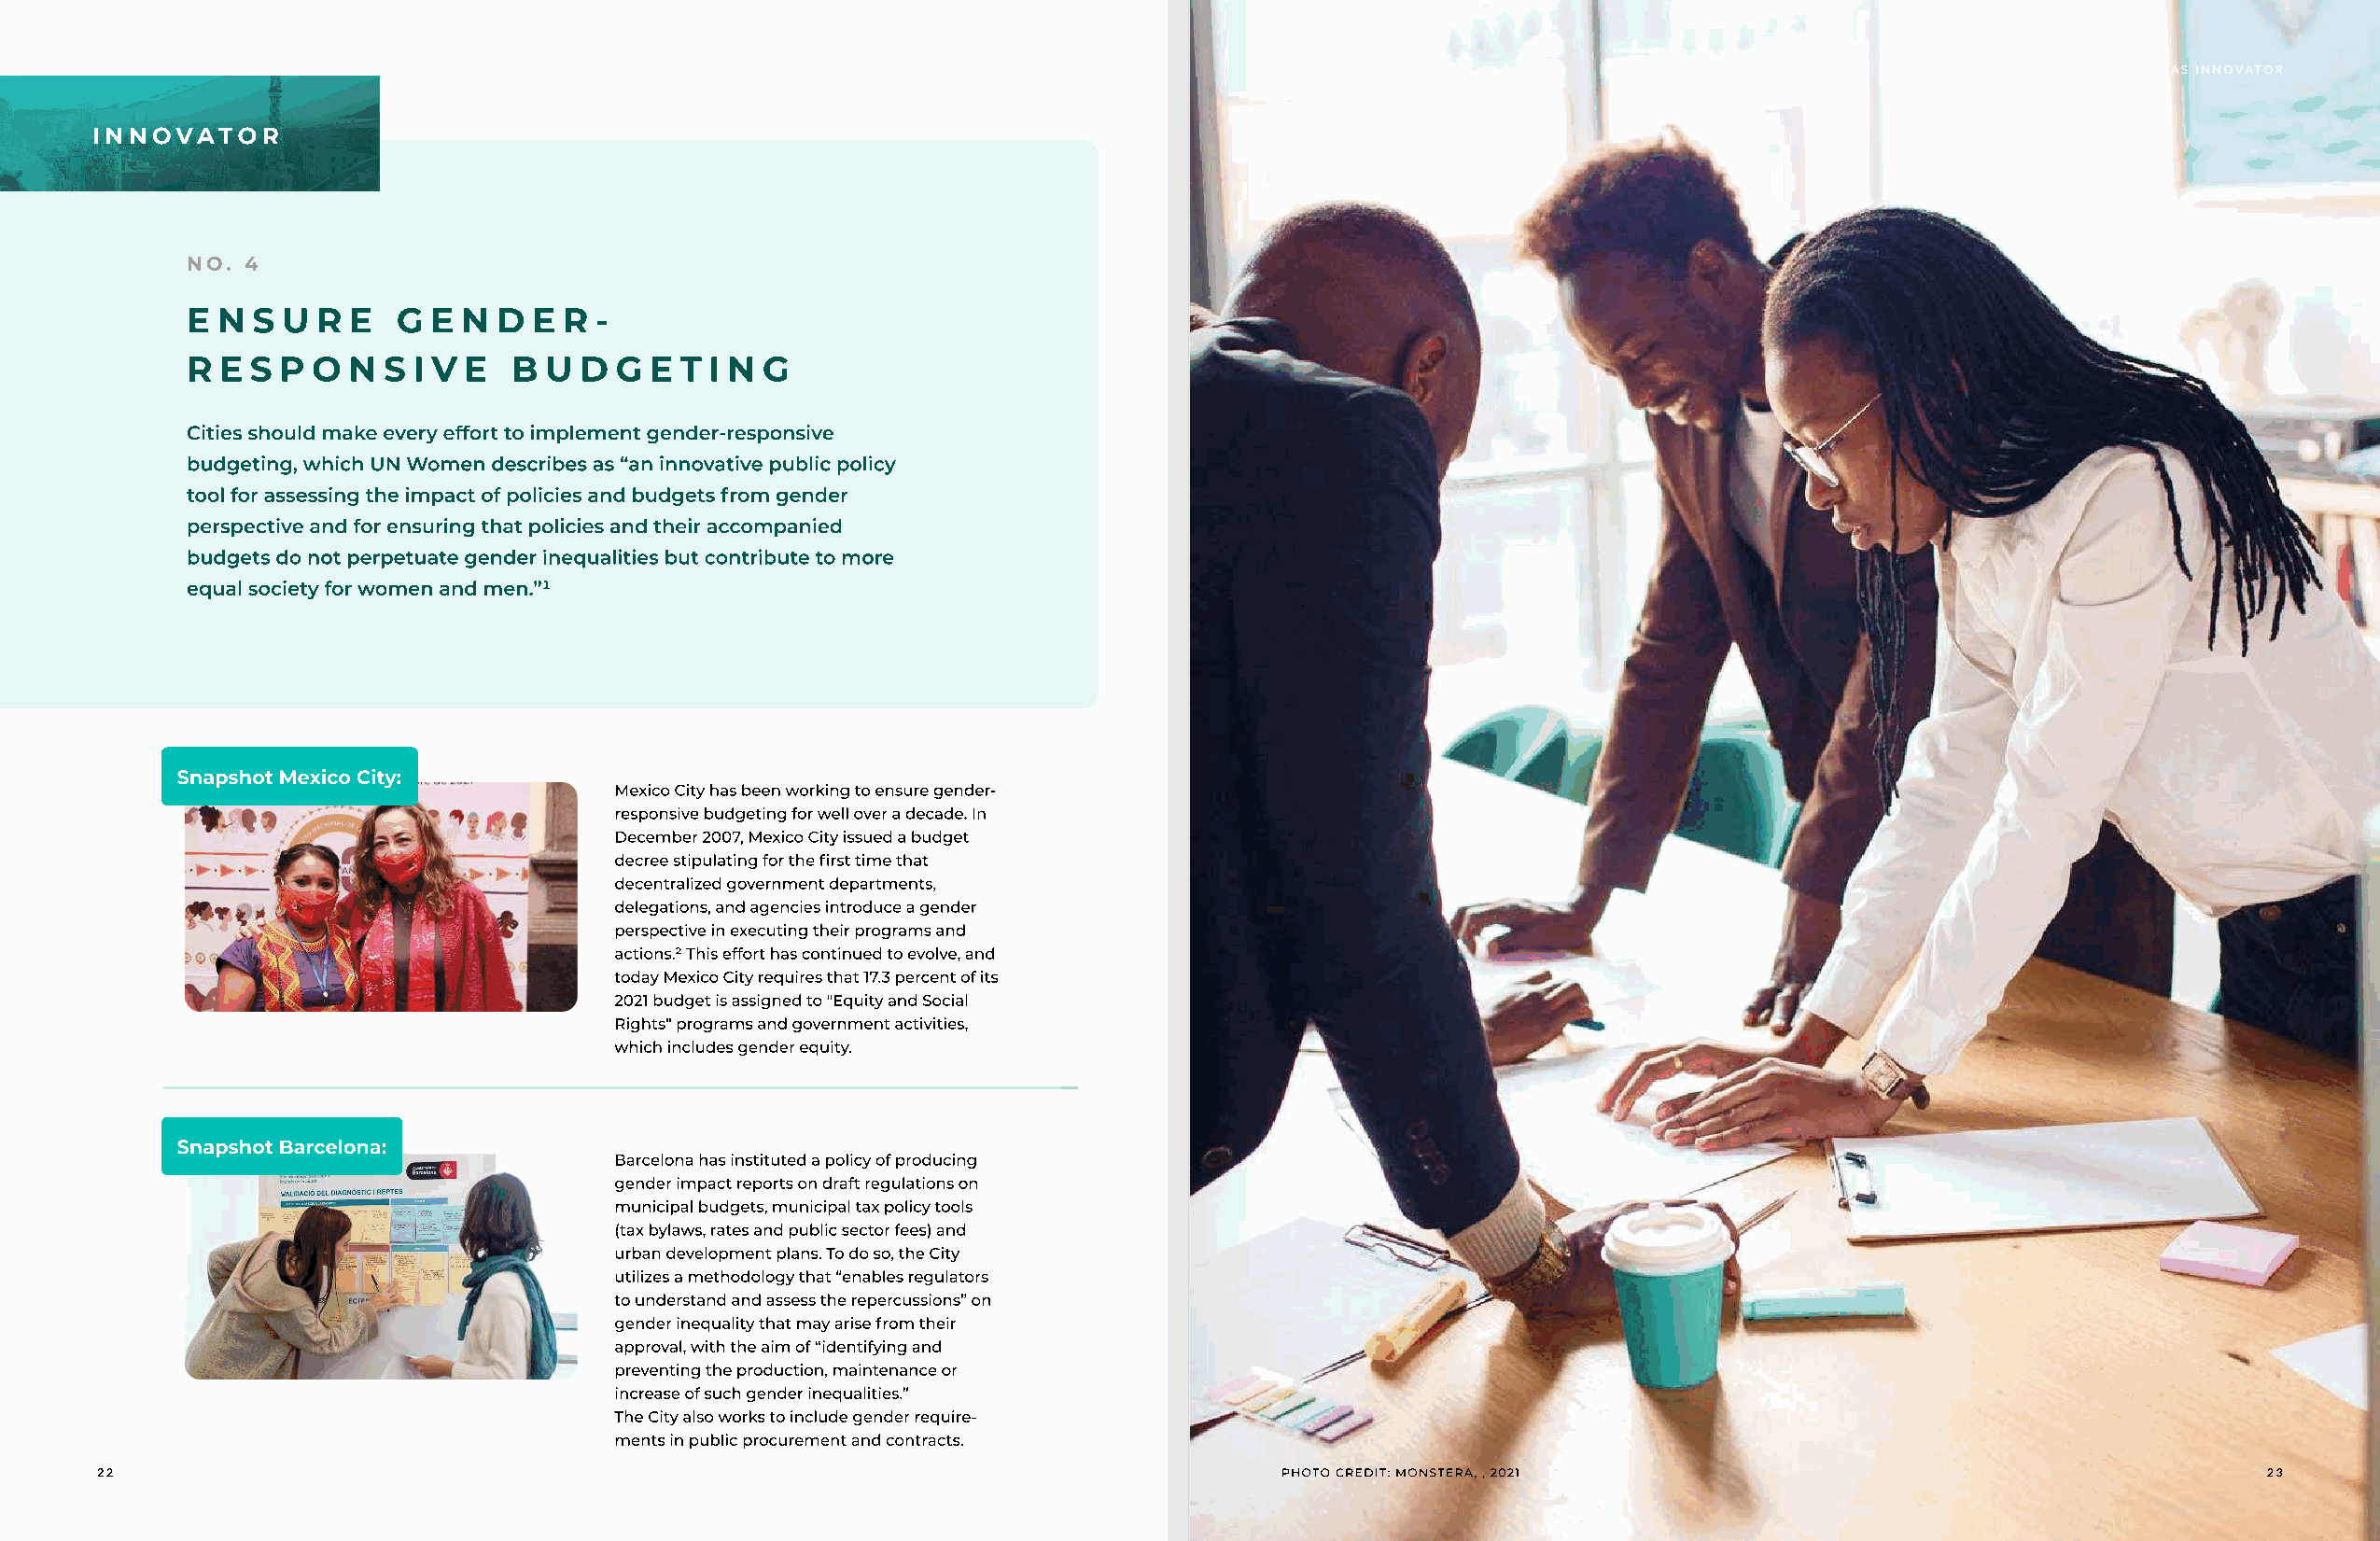
the city as innovator
 INNOVATOR
 E N  S U R  E  G  E N D  E R -
 R  E S P O  N S I V E  B  U D  G E T I N G
 Cities should make every effort to implement gender-responsive
 budgeting, which UN Women describes as “an innovative public policy
 tool for assessing the impact of policies and budgets from gender
 perspective and for ensuring that policies and their accompanied
 budgets do not perpetuate gender inequalities but contribute to more
 equal society for women and men.”1
 Snapshot Mexico City:
 Mexico City has been working to ensure gender-
 responsive budgeting for well over a decade. In
 December 2007, Mexico City issued a budget
 decree stipulating for the first time that
 decentralized government departments,
 delegations, and agencies introduce a gender
 perspective in executing their programs and
 actions.2 This effort has continued to evolve, and
 today Mexico City requires that 17.3 percent of its
 2021 budget is assigned to "Equity and Social
 Rights" programs and government activities,
 which includes gender equity.
 Snapshot Barcelona:
 Barcelona has instituted a policy of producing
 gender impact reports on draft regulations on
 municipal budgets, municipal tax policy tools
 (tax bylaws, rates and public sector fees) and
 urban development plans. To do so, the City
 utilizes a methodology that “enables regulators
 to understand and assess the repercussions” on
 gender inequality that may arise from their
 approval, with the aim of “identifying and
 preventing the production, maintenance or
 increase of such gender inequalities.”
 The City also works to include gender require-
 ments in public procurement and contracts.
 22                                                                                  photo credit: monstera, , 2021                                        23